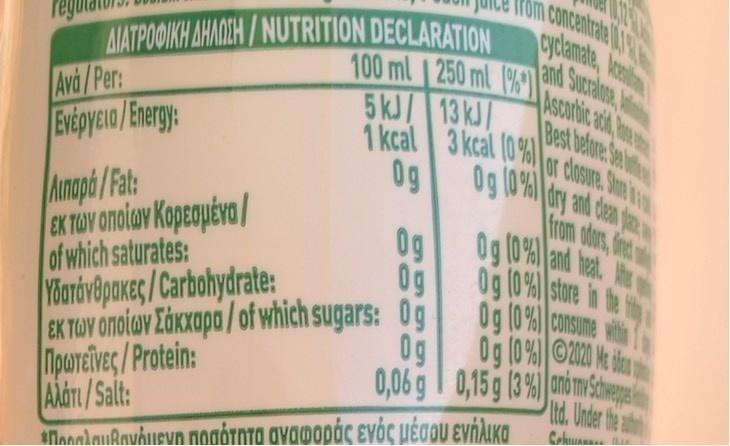
ΔΙΑΤΡΟΦΙΚΗ ΔΗΛΩΣΗ / NUTRITION DECLARATION
Ava/Per:
Evepycia/Energy:
Ainapá/Fat:
εκ των οποίων Κορεσμένα /
of which saturates:
100 ml 250 ml (%)
13 kJ/
5 kJ/
1 kcal
Og
rom concentrate (19
3 kcal (0%)
0g
| Υδατάνθρακες / Carbohydrate:
εκ των οποίων Σάκχαρα / of which sugars: O g Πρωτεΐνες/Protein: AAGTI/Salt:
Og
0,06 g
ShanadauRauhucun ποσότητα αναφοράς ενός μέσου ενήλικα
and Sucralose Ascorbic acid,
or closure Store
from odors, direct
Og (0%) and heat. Ar
0g (0%) store in the
Og (0%) consume within
Og (0%) ©2020 Me
0,15 g (3%) anó Tv Schwe Itd. Under the aut
Schwar